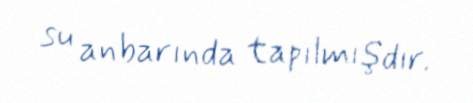
su anbarında tapılmışdır.